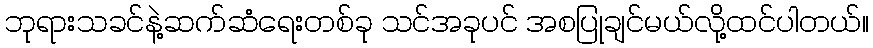
ဘုရားသခင်နဲ့ဆက်ဆံရေးတစ်ခု သင်အခုပင် အစပြုချင်မယ်လို့ထင်ပါတယ်။